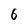
Character: 6